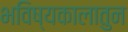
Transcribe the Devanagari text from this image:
भविष्यकालातुन